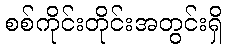
စစ်ကိုင်းတိုင်းအတွင်းရှိ